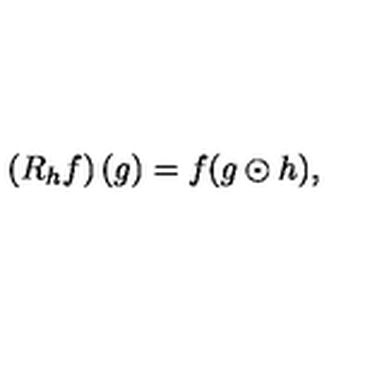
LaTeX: \left( R _ { h } f \right) ( g ) = f ( g \odot h ) ,